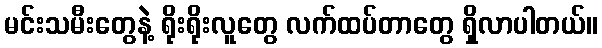
မင်းသမီးတွေနဲ့ ရိုးရိုးလူတွေ လက်ထပ်တာတွေ ရှိလာပါတယ်။